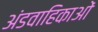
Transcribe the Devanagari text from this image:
अंडवाहिकाओं